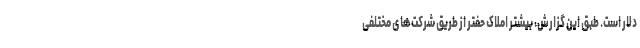
دلار است. طبق این گزارش، بیشتر املاک حفتر از طریق شرکت‌های مختلفی